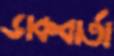
ডাকবার্তা